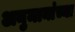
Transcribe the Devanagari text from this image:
अनुमानांच्या